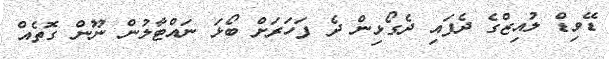
ޑޭވިޑް ލުއިޒްގެ ދެފައި ދެގޯޅިން ދެ ފަހަރަށް ބޯޅަ ނައްޓާލުން ނޫން ގޮތެއް